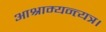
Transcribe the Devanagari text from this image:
आश्राम्यन्त्यत्र।